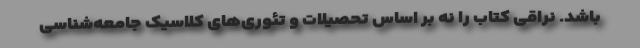
باشد. نراقی کتاب را نه بر اساس تحصیلات و تئوری‌های کلاسیک جامعه‌شناسی